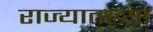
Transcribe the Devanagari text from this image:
राज्‍यातल्‍या